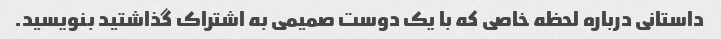
داستانی درباره لحظه خاصی که با یک دوست صمیمی به اشتراک گذاشتید بنویسید.